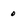
Character: 0